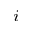
^ { i }